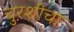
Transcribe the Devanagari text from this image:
चुरशीचा